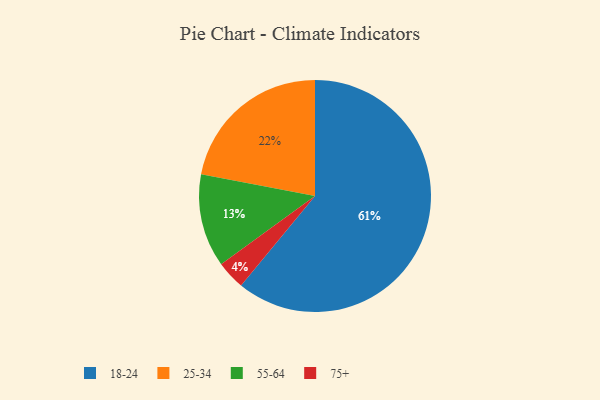
{"axis": {"x": "Category", "y": "Percentage"}, "legend": ["18-24", "25-34", "55-64", "75+"], "data": [{"x": "18-24", "y": 61, "type": "18-24"}, {"x": "75+", "y": 4, "type": "75+"}, {"x": "55-64", "y": 13, "type": "55-64"}, {"x": "25-34", "y": 22, "type": "25-34"}]}